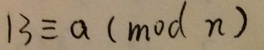
1 3 \equiv a ( m o d n )